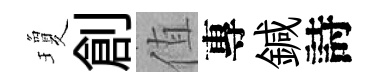
瓊創值專鍼詩